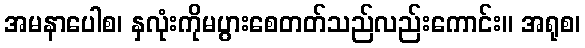
အမနာပေါစ၊ နှလုံးကိုမပွားစေတတ်သည်လည်းကောင်း။ အရုစ၊